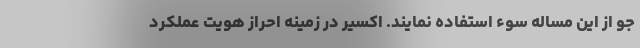
جو از این مساله سوء استفاده نمایند. اکسیر در زمینه احراز هویت عملکرد